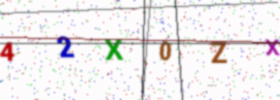
Text: 42X0ZX